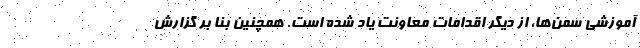
آموزشی سمن‌ها، از دیگر اقدامات معاونت یاد شده است. همچنین بنا بر گزارش